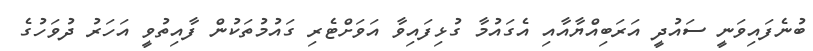
ބުނެފައިވަނީ ސައުދީ އަރަބިއްޔާއާއި އެގައުމާ ގުޅިފައިވާ އަވަށްޓެރި ގައުމުތަކުން ފާއިތުވީ އަހަރު ދުވަހުގެ